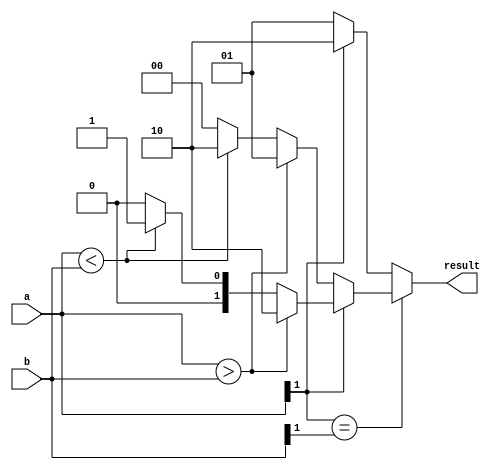
module signed_magnitude_comparator (
  input [1:0] a,
  input [1:0] b,
  output reg [1:0] result
);

always @(*)
begin
  if (a[1] == b[1]) // Sign bits are the same
  begin
    if (a[1] == 1) // Both numbers are negative
    begin
      if (a > b) result = 2'b10; // a is greater than b
      else if (a < b) result = 2'b01; // a is less than b
      else result = 2'b00; // a is equal to b
    end
    else // Both numbers are positive
    begin
      if (a > b) result = 2'b01; // a is greater than b
      else if (a < b) result = 2'b10; // a is less than b
      else result = 2'b00; // a is equal to b
    end
  end
  else // Sign bits are different
  begin
    if (a[1] == 1) result = 2'b10; // a is negative, b is positive
    else result = 2'b01; // a is positive, b is negative
  end
end

endmodule